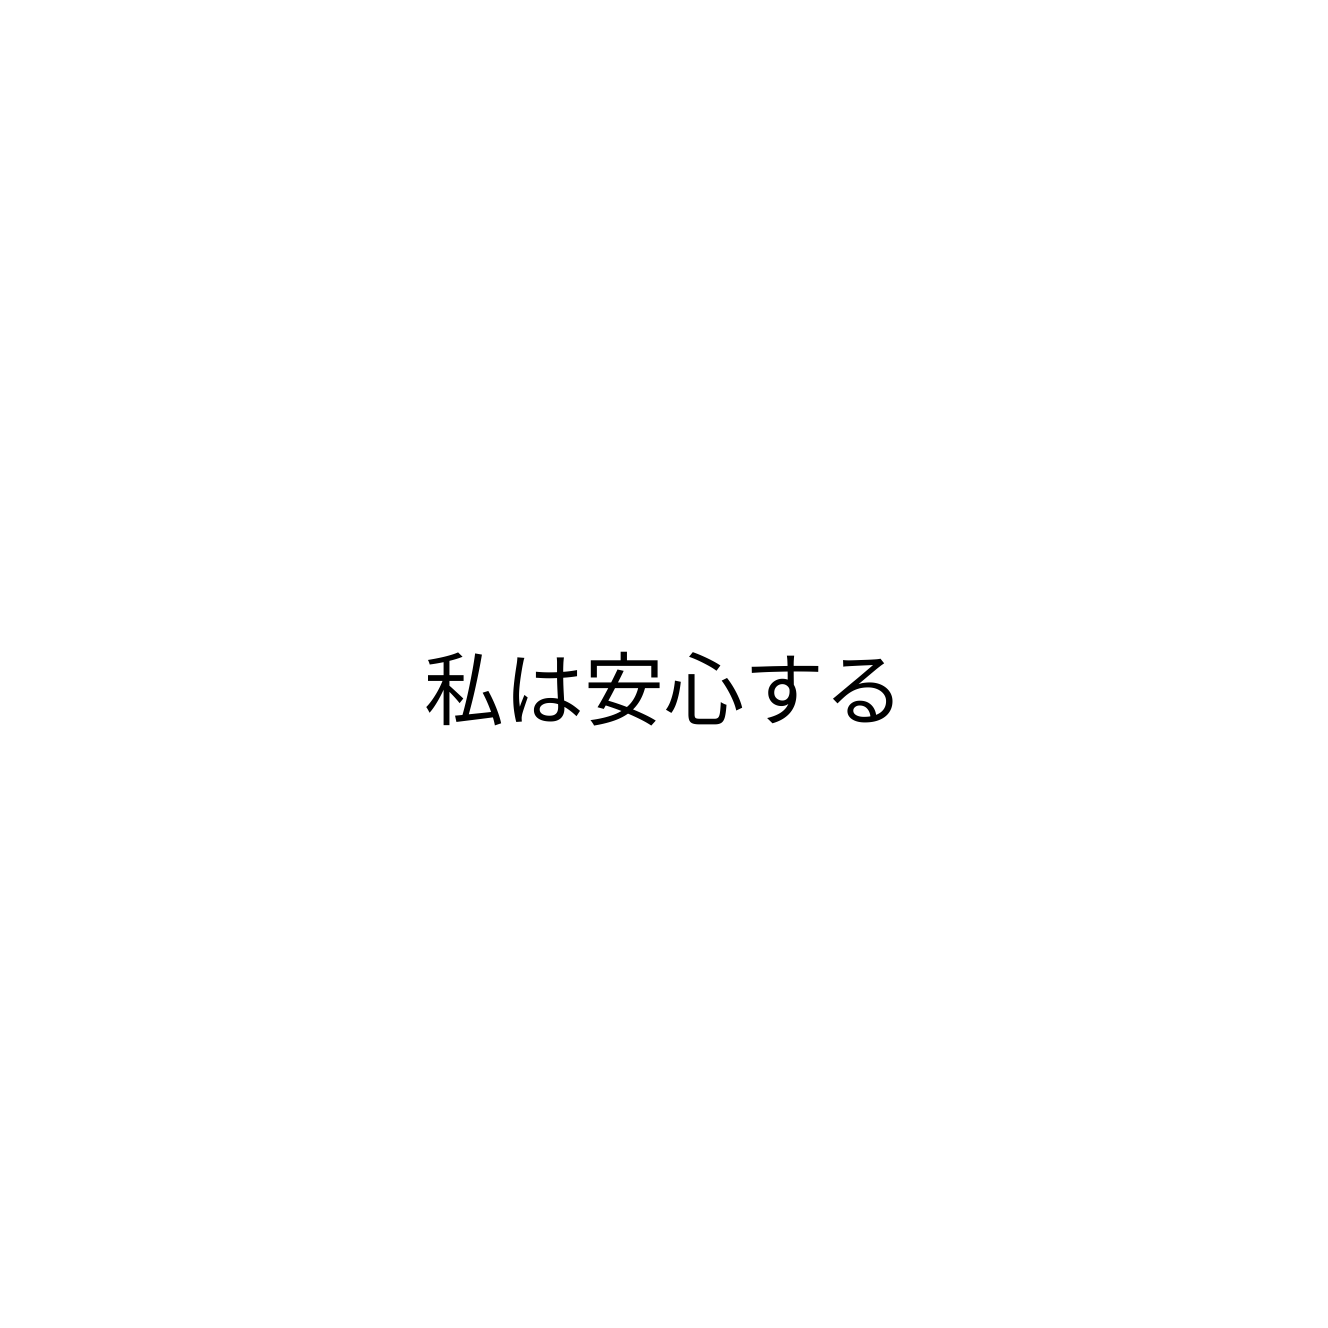
私は安心する